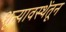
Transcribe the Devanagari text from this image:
शून्यावस्थेंतून